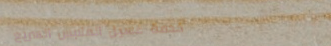
خدمة غسيل الملابس السريع